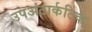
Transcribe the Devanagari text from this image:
उपअंटार्कटिक